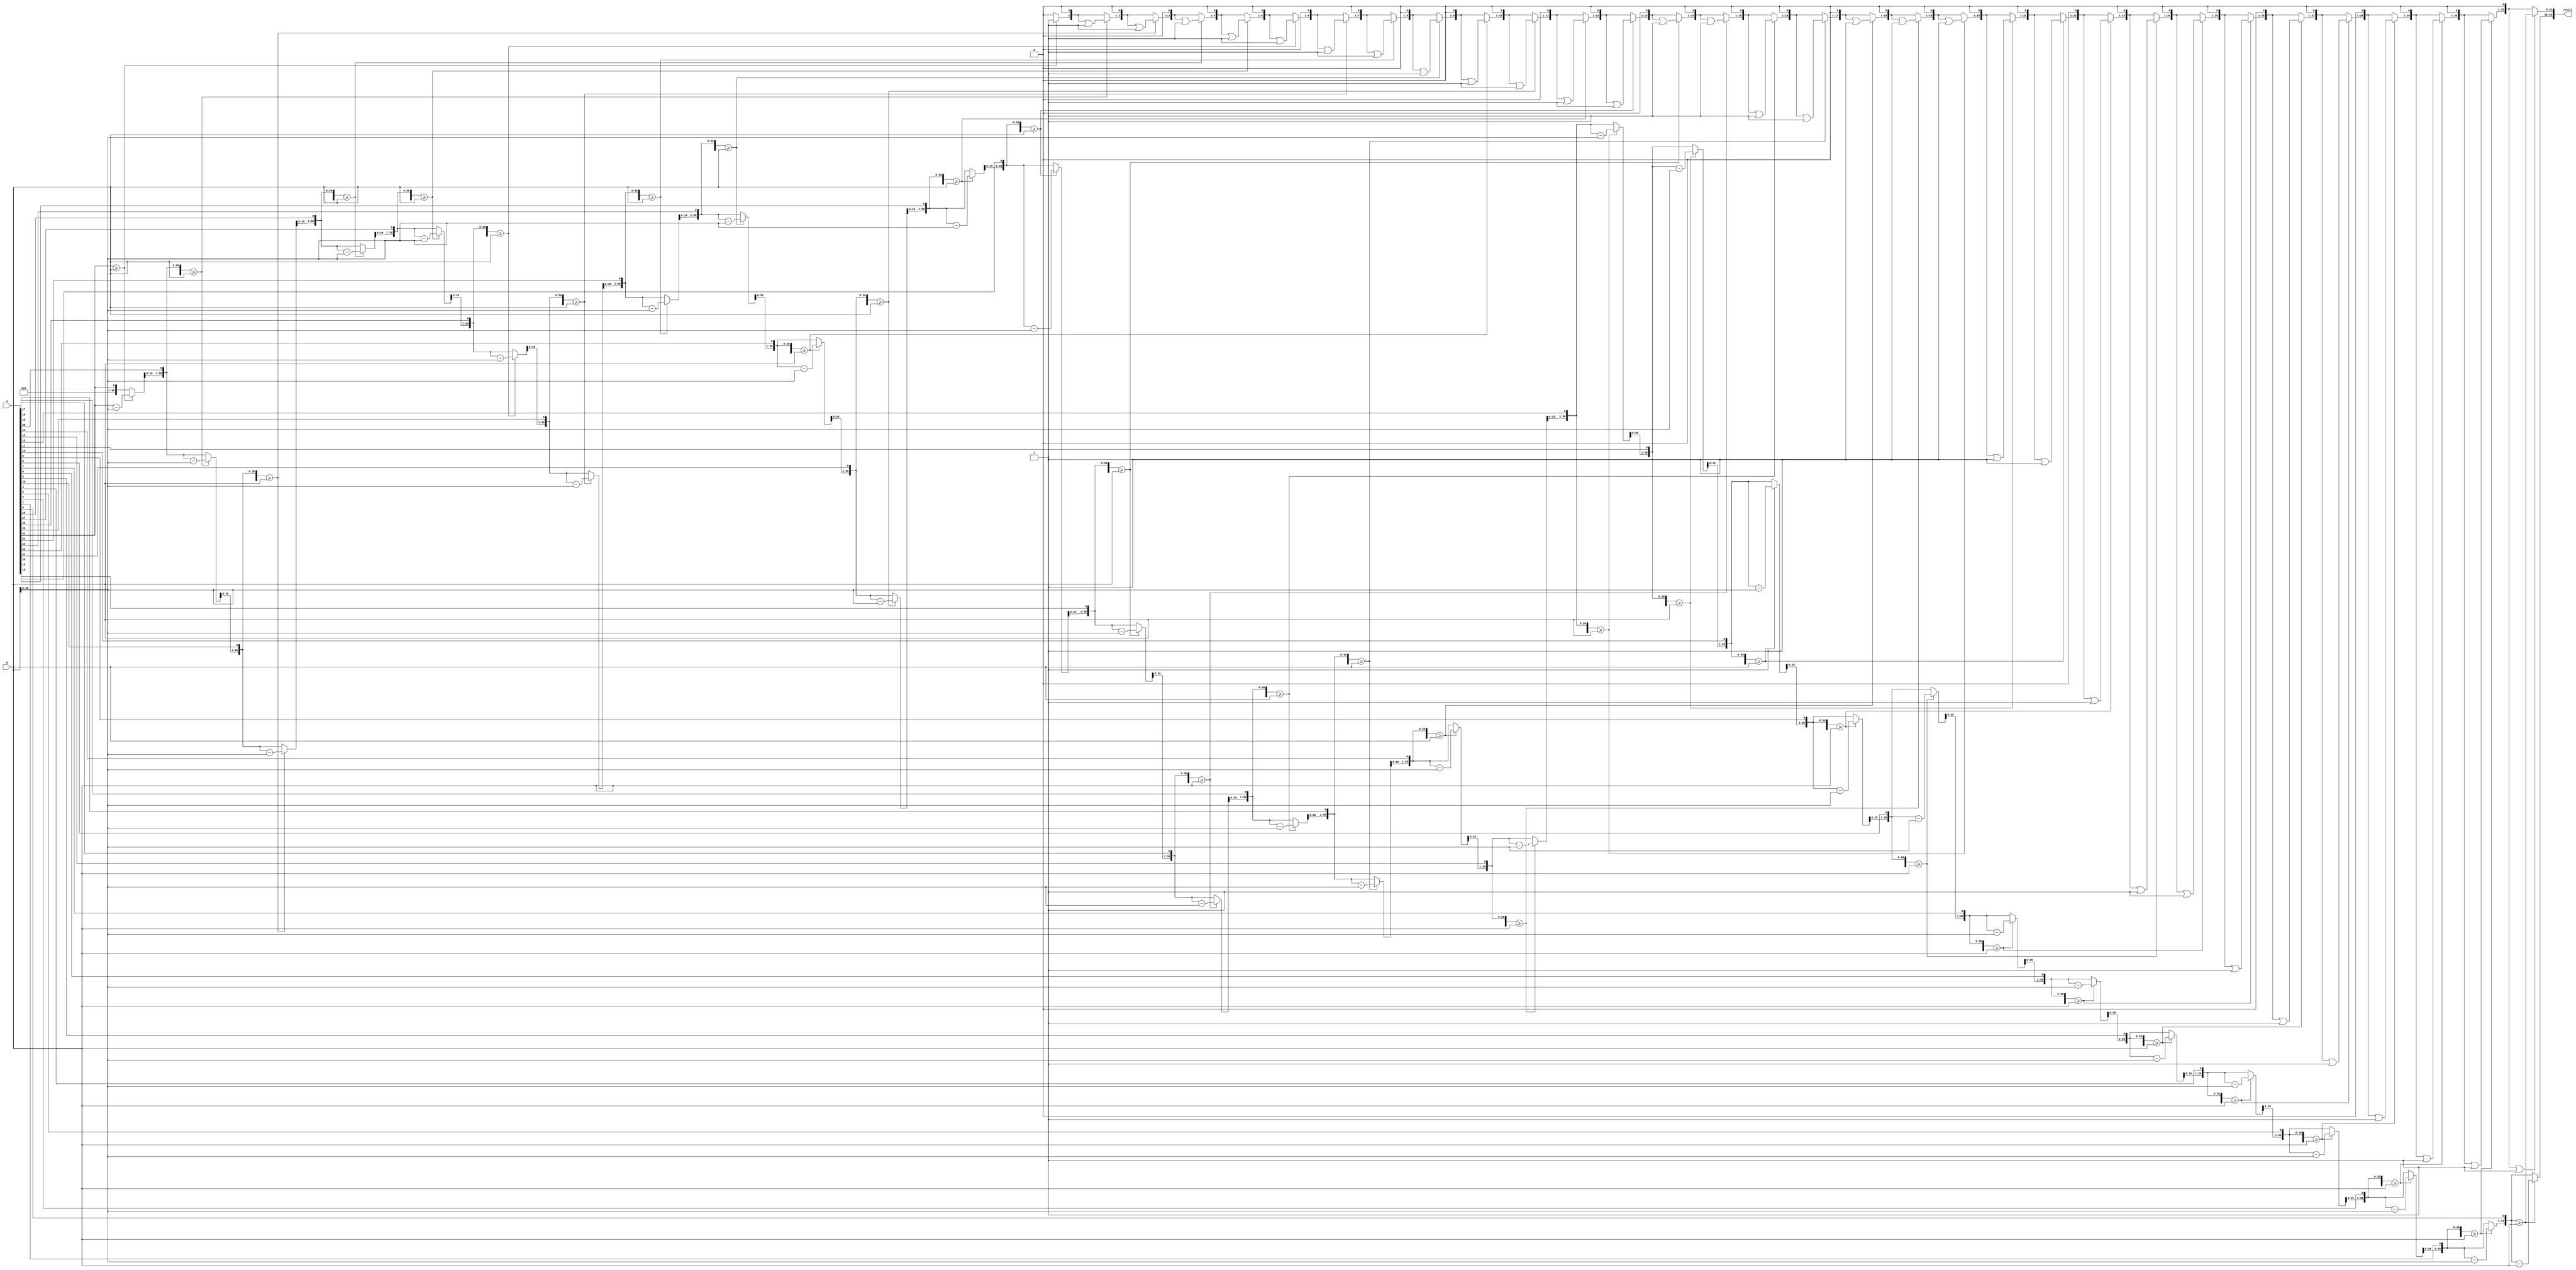
module div(input [31:0] a, b, output reg[63:0] result);

    // Internal variables
    reg [31:0] quotient, remainder, divisor;
    reg [31:0] temp_remainder;
    integer i;

    always @(*) begin
        // Initialize variables
        quotient = 0;
        remainder = 0;
        divisor = b;
        temp_remainder = a; // Start with the dividend

        // Main loop for non-restoring division
        for (i = 31; i >= 0; i = i - 1) begin
            // Shift left to make room for the next bit
            remainder = remainder << 1;
            remainder[0] = temp_remainder[31]; // Bring down the next bit of the dividend
            temp_remainder = temp_remainder << 1; // Prepare the temp remainder for the next iteration
            
            // Attempt to subtract the divisor from the remainder
            if (remainder >= divisor) begin
                remainder = remainder - divisor;
                quotient = (quotient << 1) | 1; // Set the current bit of the quotient to 1
            end else begin
                quotient = quotient << 1; // Keep the current bit of the quotient as 0
            end
        end

        // Combine quotient and remainder for the result
       result[31:0] = quotient;
       result[63:32] = remainder; 
    end
endmodule